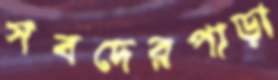
সবদেরপাড়া